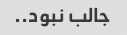
جالب نبود..